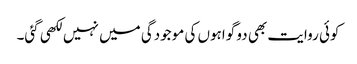
کوئی روایت بھی دو گواہوں کی موجودگی میں نہیں لکھی گئی۔